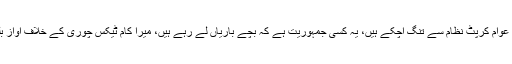
لاہور میں انصاف لائرز کی تقریب سے خطاب کرتے ہوئے عمران خان کا کہنا تھا کہ عوام کرپٹ نظام سے تنگ آچکے ہیں، یہ کسی جمہوریت ہے کہ بچے باریاں لے رہے ہیں، میرا کام ٹیکس چوری کے خلاف آواز بلند کرنا ہےکیوں کہ نیب سمیت دیگر ادارے کرپشن کے خلاف کارروائی نہیں کررہے۔